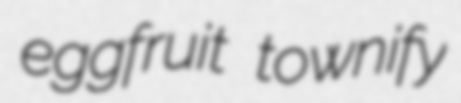
eggfruit townify